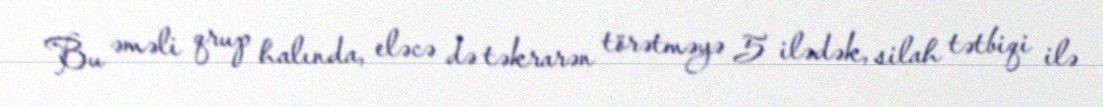
Bu əməli qrup halında, eləcə də təkrarən törətməyə 5 ilədək, silah tətbiqi ilə